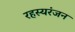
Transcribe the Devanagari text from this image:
रहस्यरंजन